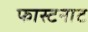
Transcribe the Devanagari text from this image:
फास्टनाट